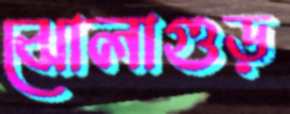
ঝোলাগুড়